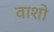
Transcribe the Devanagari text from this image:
वाशो